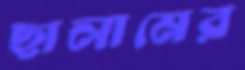
ছালামের